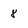
Character: 8